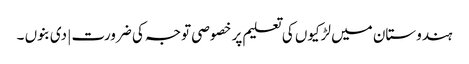
ہندوستان میں لڑکیوں کی تعلیم پر خصوصی توجہ کی ضرورت | دی بنوں ۔